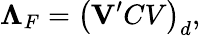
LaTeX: {\mathbf\Lambda}_{F}=\left({\mathbf V^{\prime}CV}\right)_{d},